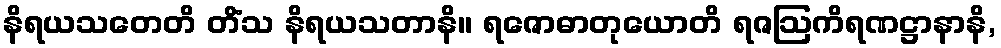
နိရယသတေတိ တိံသ နိရယသတာနိ။ ရဇောဓာတုယောတိ ရဇဩကိရဏဋ္ဌာနာနိ,